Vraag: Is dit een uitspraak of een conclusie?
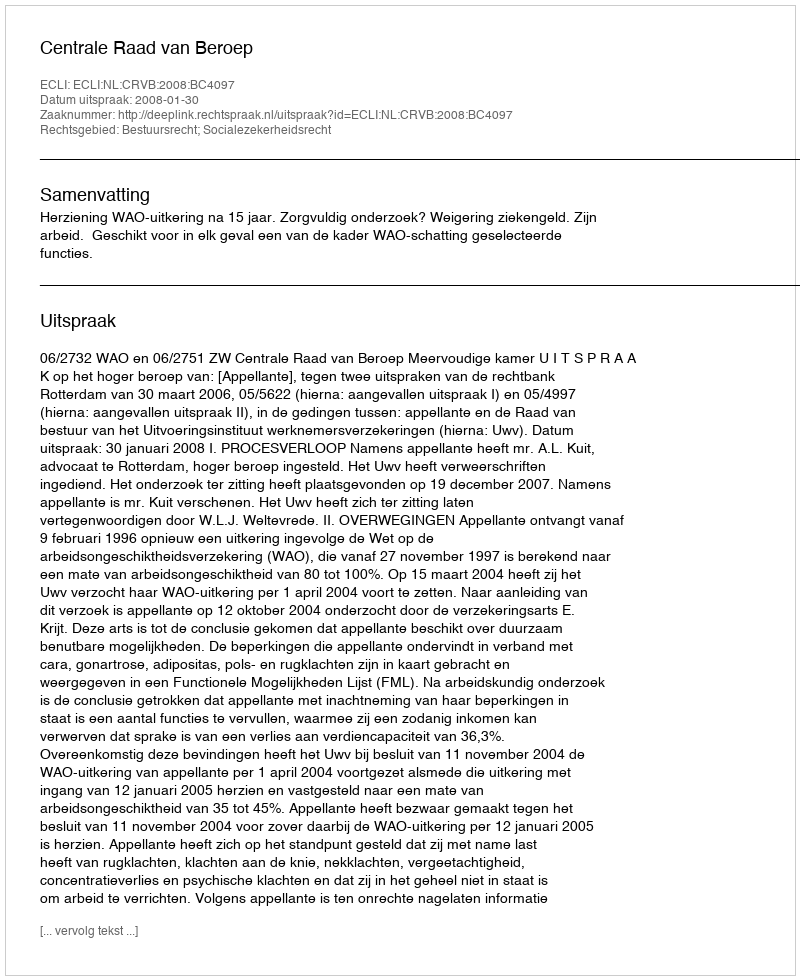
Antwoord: Uitspraak